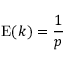
\operatorname { E } ( k ) = { \frac { 1 } { p } }